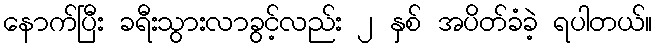
နောက်ပြီး ခရီးသွားလာခွင့်လည်း ၂ နှစ် အပိတ်ခံခဲ့ ရပါတယ်။